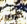
أنك